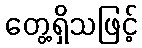
တွေ့ရှိသဖြင့်